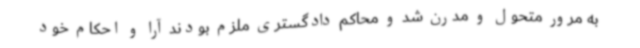
به مرور متحول و مدرن شد و محاکم دادگستری ملزم بودند آرا و احکام خود